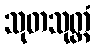
သုတသုတ္တံ